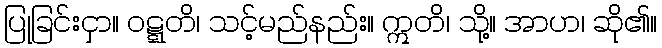
ပြုခြင်းငှာ။ ဝဋ္ဋတိ၊ သင့်မည်နည်း။ ဣတိ၊ သို့။ အာဟ၊ ဆို၏။